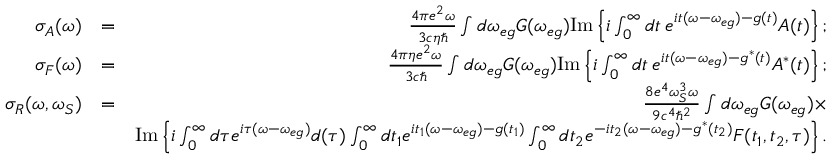
\begin{array} { r l r } { \sigma _ { A } ( \omega ) } & { = } & { \frac { 4 \pi e ^ { 2 } \omega } { 3 c \eta \hbar } \int d \omega _ { e g } G ( \omega _ { e g } ) \mathrm { I m } \left\{ i \int _ { 0 } ^ { \infty } d t \: e ^ { i t ( \omega - \omega _ { e g } ) - g ( t ) } A ( t ) \right\} ; } \\ { \sigma _ { F } ( \omega ) } & { = } & { \frac { 4 \pi \eta e ^ { 2 } \omega } { 3 c \hbar } \int d \omega _ { e g } G ( \omega _ { e g } ) \mathrm { I m } \left\{ i \int _ { 0 } ^ { \infty } d t \: e ^ { i t ( \omega - \omega _ { e g } ) - g ^ { * } ( t ) } A ^ { * } ( t ) \right\} ; } \\ { \sigma _ { R } ( \omega , \omega _ { S } ) } & { = } & { \frac { 8 e ^ { 4 } \omega _ { S } ^ { 3 } \omega } { 9 c ^ { 4 } \hbar ^ { 2 } } \int d \omega _ { e g } G ( \omega _ { e g } ) \times } \\ & { } & { \mathrm { I m } \left\{ i \int _ { 0 } ^ { \infty } d \tau e ^ { i \tau ( \omega - \omega _ { e g } ) } d ( \tau ) \int _ { 0 } ^ { \infty } d t _ { 1 } e ^ { i t _ { 1 } ( \omega - \omega _ { e g } ) - g ( t _ { 1 } ) } \int _ { 0 } ^ { \infty } d t _ { 2 } e ^ { - i t _ { 2 } ( \omega - \omega _ { e g } ) - g ^ { * } ( t _ { 2 } ) } F ( t _ { 1 } , t _ { 2 } , \tau ) \right\} . } \end{array}